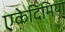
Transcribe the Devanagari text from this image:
एकेदिमिया